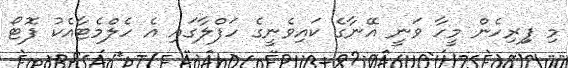
މި ފިިރިހެން މީހާ ވަނީ އޭނާގެ ކައިވެނީގެ ހަފްލާގައި އެ ހެލްމެޓާއެކު ފޮޓޯ